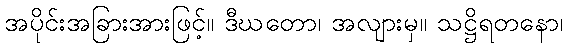
အပိုင်းအခြားအားဖြင့်။ ဒီဃတော၊ အလျားမှ။ သဋ္ဌိရတနော၊